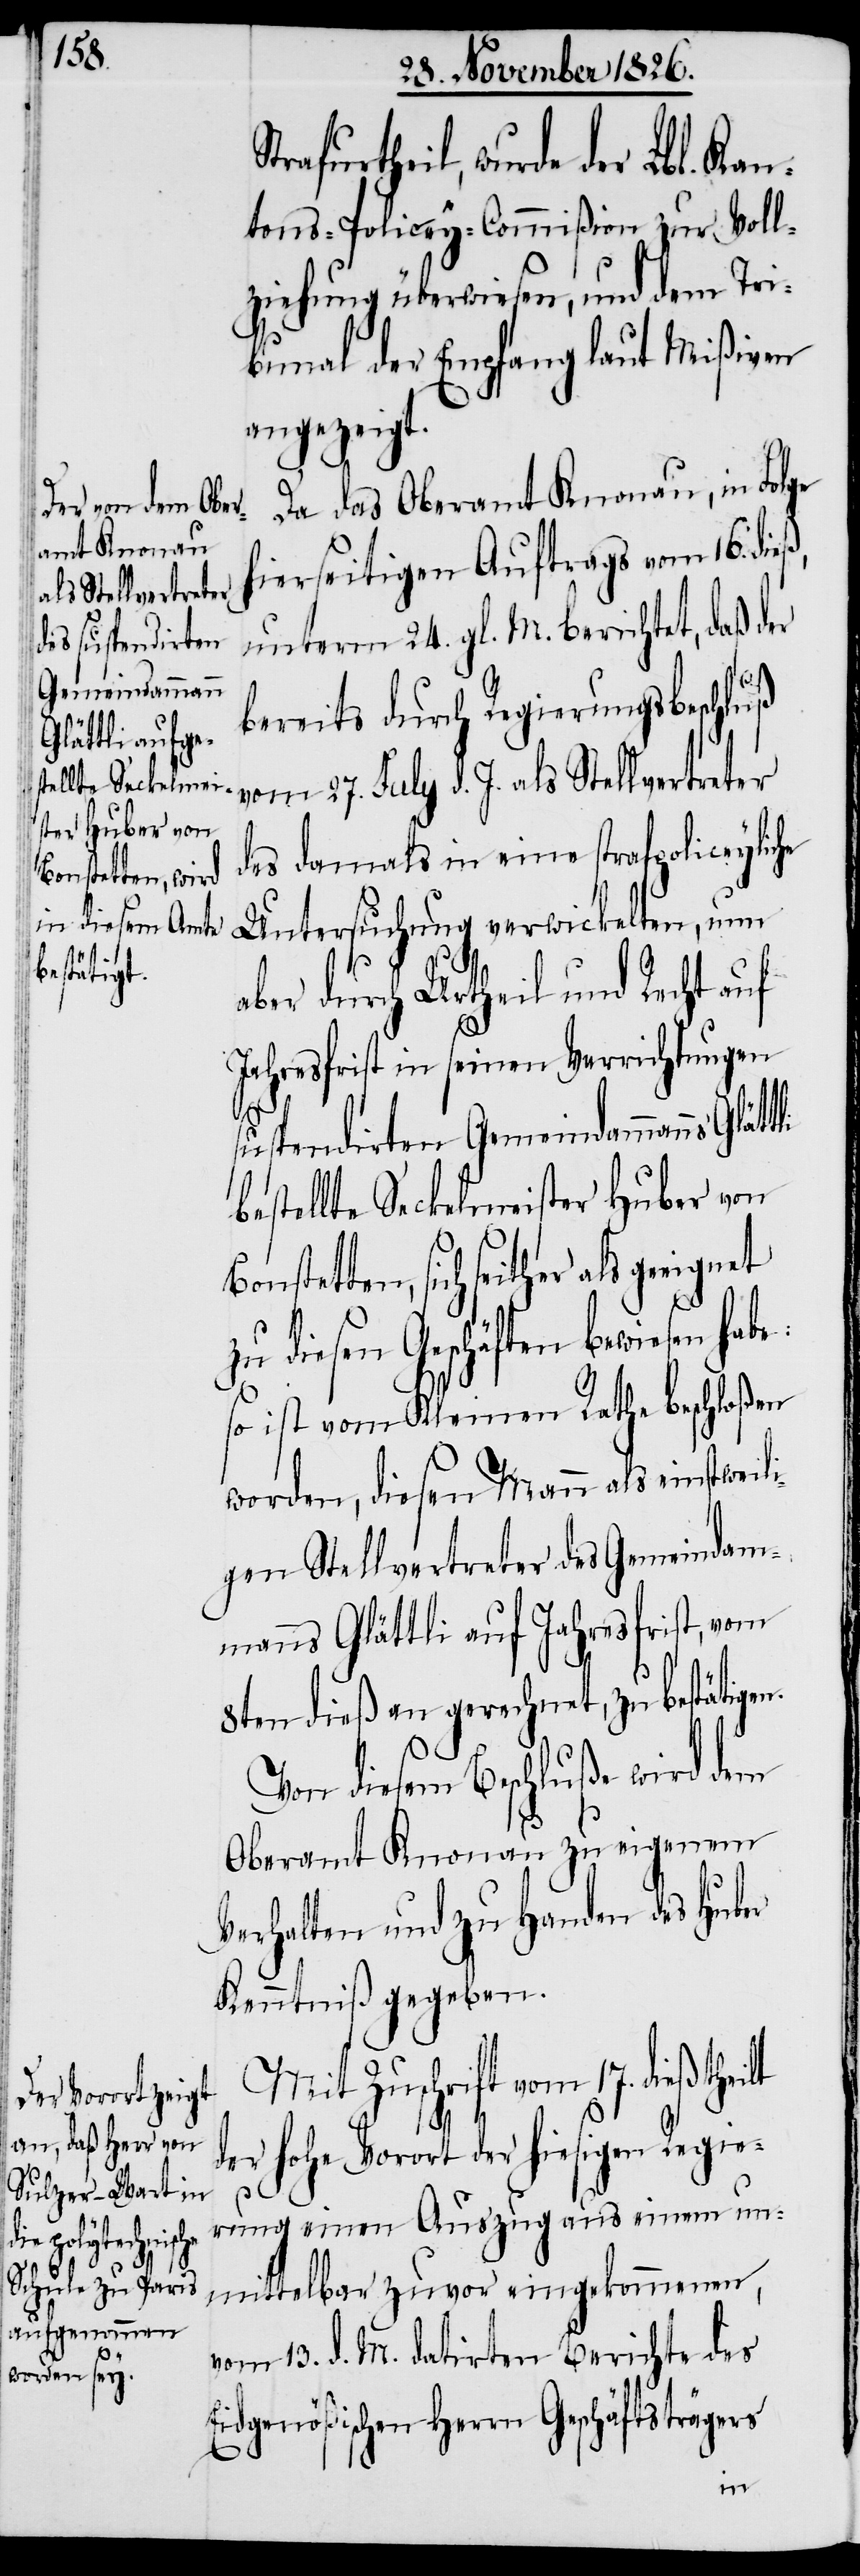
suspendirten
Gemeindammanns
lt
Bonstetten, sich
seither als

tons-Policey-Commißion zur Voll¬
ziehung überwiesen, und dem Tri¬
bunal der Empfang laut Mißiven
angezeigt.
Da das Oberamt Knonau, in Folge
hierseitigen Auftrags vom 16. die¬
unterm 24. gl. M. berichtet, daß der
bereits durch Regierungsbeschluß
vom 27. July d. J. als Stellvertreter
des damals in eine strafpoliceyliche
Untersuchung verwickelten, nun
ber durch Urtheil und Recht auf
Jahresfrist in seinen Verrichtungen
e:
bestellte Seckelmeister Huber von
zu diesen Geschäften bewiesen hab¬
so ist vom Kleinen Rathe beschloßen
worden, diesen Mann als einstweil¬
igen Stellvertreter des Gemeindam¬
manns Glättli auf Jahresfrist, vom
8ten dieß an gerechnet, zu bestätigen.
Von diesem Beschluße wird dem
Oberamt Knonau zu eigenem
Verhalten und zu Handen des Huber
Kenntniß gegeben.
Mit Zuschrift vom 17. dieß thei¬
der hohe Vorort der hiesigen Regie¬
rung einen Auszug aus einem un¬
mittelbar zuvor eingekommenen,
vom 13. d. M. datirten Berichte des
Eidgenößischen Herrn Geschäftsträgers
eignet